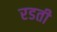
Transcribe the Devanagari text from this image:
रडती